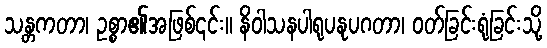
သန္တကတာ၊ ဥစ္စာ၏အဖြစ်၎င်း။ နိဝါသနပါရုပနုပဂတာ၊ ဝတ်ခြင်းရုံခြင်းသို့